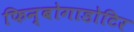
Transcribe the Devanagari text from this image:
फिन्बोगाडोटिर